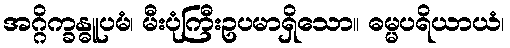
အဂ္ဂိက္ခန္ဓူပမံ၊ မီးပုံကြီးဥပမာရှိသော။ ဓမ္မပရိယာယံ၊